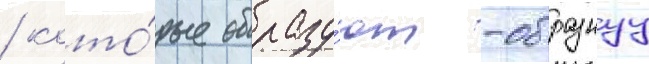
/ кото́рые образу́ют -образнуу